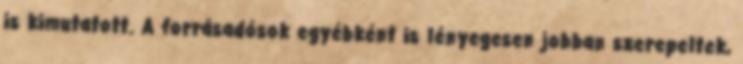
is kimutatott. A forrásadósok egyébként is lényegesen jobban szerepeltek,